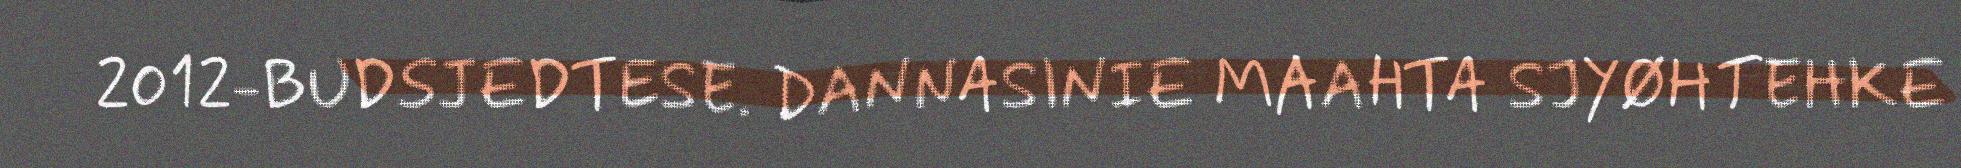
2012-BUDSJEDTESE. DANNASINIE MAAHTA SJYØHTEHKE